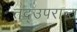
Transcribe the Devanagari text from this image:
तद्उपरान्त